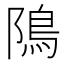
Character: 隝